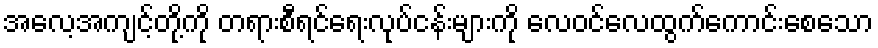
အလေ့အကျင့်တို့ကို တရားစီရင်ရေးလုပ်ငန်းများကို လေဝင်လေထွက်ကောင်းစေသော